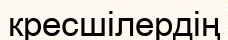
кресшілердің